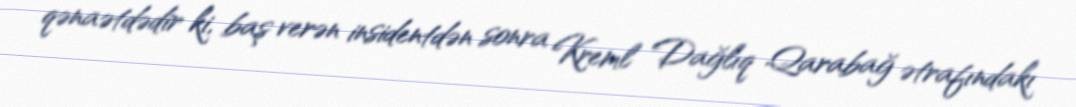
qənaətdədir ki, baş verən insidentdən sonra Kreml Dağlıq Qarabağ ətrafındakı